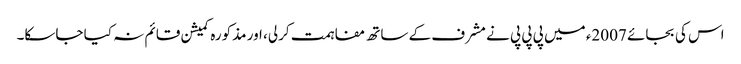
اس کی بجائے 2007ء میں پی پی پی نے مشرف کے ساتھ مفاہمت کرلی، اور مذکورہ کمیشن قائم نہ کیا جاسکا۔